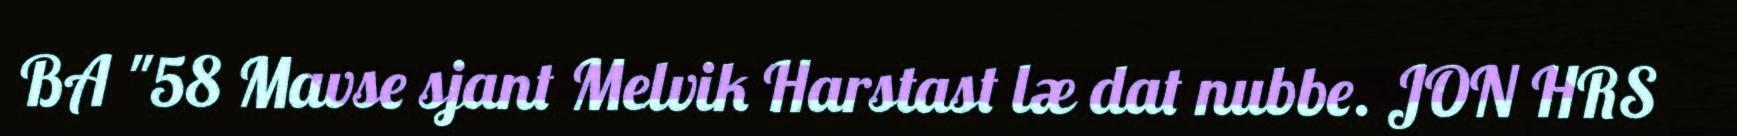
BA "58 Mavse sjant Melvik Harstast læ dat nubbe. JON HRS